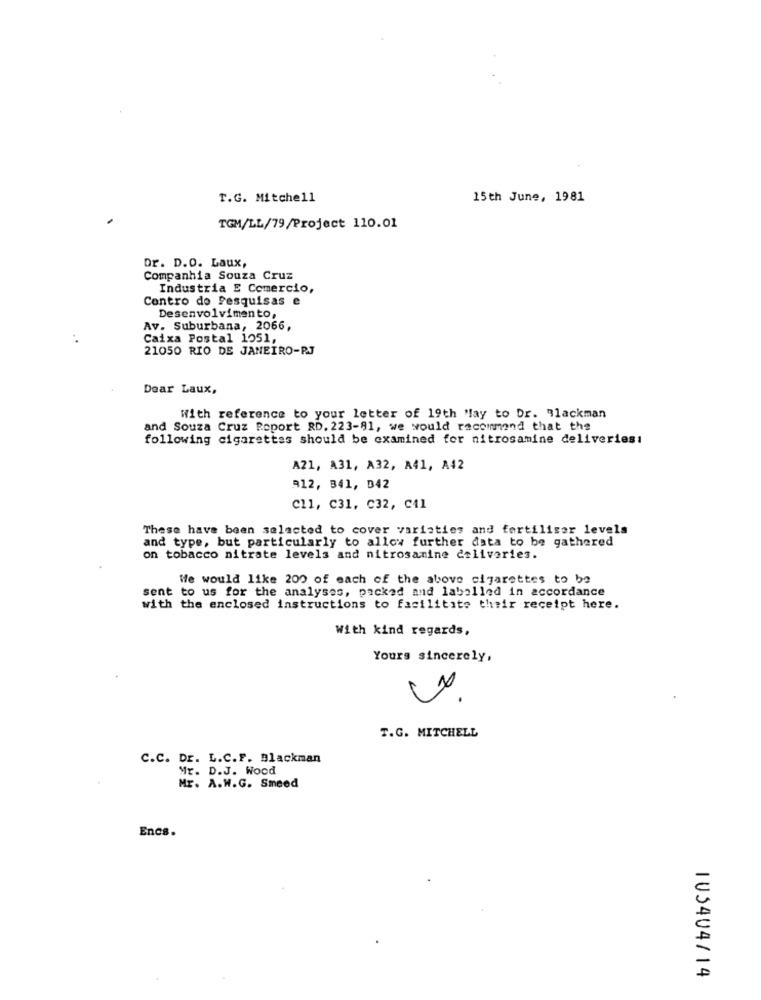
T.G. Mitchell
15th June, 1981
TGM/LL/79/Project 110.01
Dr. D.O. Laux,
Companhia Souza Cruz
Industria E Comercio,
Contro do Pesquisas e
Desenvolvimento,
Av. Suburbana, 2066,
Caixa Postal 1051,
21050 RIO DE JANEIRO-PJ
Dear Laux,
With reference to your letter of 19th "lay to Dr. "1ackman
and Souza Cruz Report RD, 223-91, we would recommend that the
following cigarettes should be examined for nitrosamine deliveries:
A21, A31, A32, A41, A42
912, 341, D42
Cl1, C31, C32, C41
These have been selected to cover variaties and fertiliser levels
and type, but particularly to allow further data to be gathered
on tobacco nitrate levels and nitrosanine deliveries.
We would like 200 of each of the above cigarettes to be
sent to us for the analyses, packed and labelled in accordance
with the enclosed instructions to facilitate their receipt here.
With kind regards,
Yours sincerely,
2
T.G. MITCHELL
C.C. Dr. L.C.F. Blackman
Mr. D.J. Wood
Mr. A.W.G. Smeed
Encs.
IV5404/14